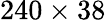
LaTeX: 240\times 38